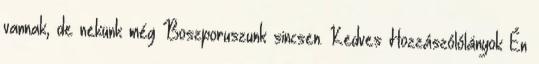
vannak, de nekünk még Boszporuszunk sincsen. Kedves Hozzászólólányok Én